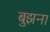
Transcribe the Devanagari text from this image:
बुझना